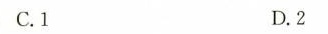
C.1 D.2